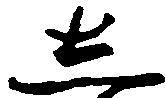
し